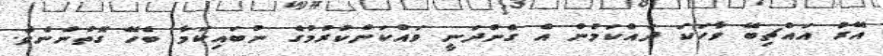
އޭރު އައްޗިބޭ ވާހަކަ ދައްކަމުން އެ ގެންދަނީ ވައްކަންކުރުމުގެ ނުބައިކަމާ ބެހޭ ގޮތުންނެވެ.